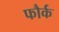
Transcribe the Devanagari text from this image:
फौर्क